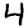
Digit: 4